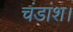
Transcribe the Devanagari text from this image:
चंडांश।